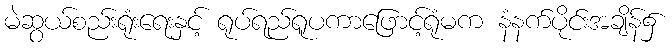
မဲဆွယ်စည်းရုံးရေးနှင့် ရုပ်ရည်ရူပကာဖြောင့်ရုံမက နံနက်ပိုင်းအချိန်၌